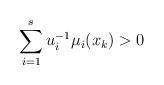
LaTeX: \begin{align*}\sum_{i=1}^s u_i^{-1}\mu_i(x_{k})>0\end{align*}